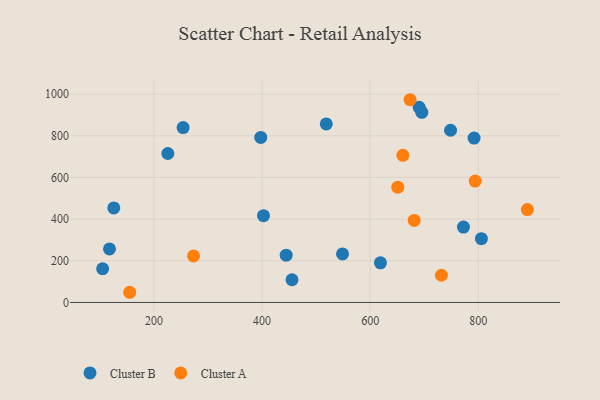
{"axis": {"x": "Study Hours", "y": "Rating"}, "legend": ["Cluster A", "Cluster B"], "data": [{"x": "117.5", "y": 257.1, "type": "Cluster B"}, {"x": "397.5", "y": 792.1, "type": "Cluster B"}, {"x": "518.8", "y": 856.9, "type": "Cluster B"}, {"x": "695.7", "y": 912.6, "type": "Cluster B"}, {"x": "125.5", "y": 453.6, "type": "Cluster B"}, {"x": "455.4", "y": 109.1, "type": "Cluster B"}, {"x": "104.8", "y": 161.9, "type": "Cluster B"}, {"x": "690.8", "y": 936.5, "type": "Cluster B"}, {"x": "402.6", "y": 416.8, "type": "Cluster B"}, {"x": "444.6", "y": 227.1, "type": "Cluster B"}, {"x": "253.8", "y": 839.5, "type": "Cluster B"}, {"x": "806.0", "y": 306.3, "type": "Cluster B"}, {"x": "225.5", "y": 714.9, "type": "Cluster B"}, {"x": "792.4", "y": 788.9, "type": "Cluster B"}, {"x": "548.9", "y": 232.9, "type": "Cluster B"}, {"x": "619.1", "y": 190.2, "type": "Cluster B"}, {"x": "772.8", "y": 361.9, "type": "Cluster B"}, {"x": "748.9", "y": 826.5, "type": "Cluster B"}, {"x": "794.5", "y": 582.7, "type": "Cluster A"}, {"x": "651.2", "y": 553.5, "type": "Cluster A"}, {"x": "681.6", "y": 394.0, "type": "Cluster A"}, {"x": "273.1", "y": 223.4, "type": "Cluster A"}, {"x": "891.1", "y": 446.0, "type": "Cluster A"}, {"x": "674.0", "y": 973.1, "type": "Cluster A"}, {"x": "732.0", "y": 130.7, "type": "Cluster A"}, {"x": "660.6", "y": 706.3, "type": "Cluster A"}, {"x": "154.9", "y": 48.9, "type": "Cluster A"}]}